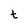
Character: t